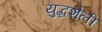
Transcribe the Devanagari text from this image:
युद्धशैली